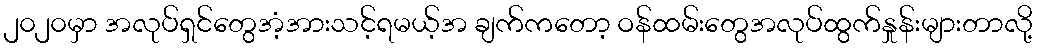
၂၀၂၀မှာ အလုပ်ရှင်တွေအံ့အားသင့်ရမယ့်အ ချက်ကတော့ ဝန်ထမ်းတွေအလုပ်ထွက်နှုန်းများတာလို့